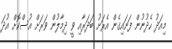
މިއަދު ހެދުނުން ފަށަައިގެން އެރަށު ބަދަރާއި ވީ ދިމާލުން ވަރަށް އުސްކޮށް އުދަ